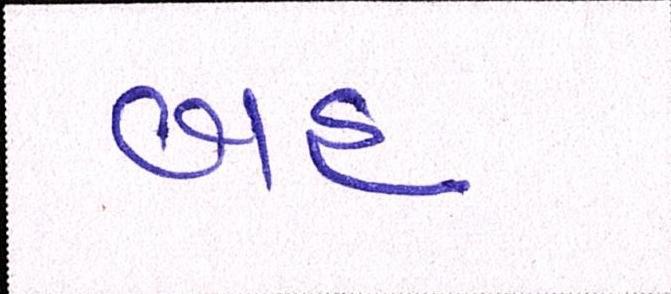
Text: બહ